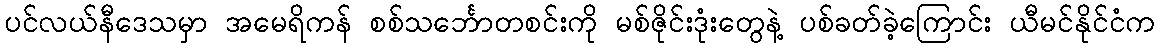
ပင်လယ်နီဒေသမှာ အမေရိကန် စစ်သင်္ဘောတစင်းကို မစ်ဇိုင်းဒုံးတွေနဲ့ ပစ်ခတ်ခဲ့ကြောင်း ယီမင်နိုင်ငံက